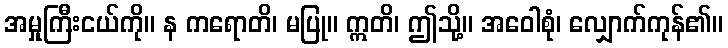
အမှုကြီးငယ်ကို။ န ကရောတိ၊ မပြု။ ဣတိ၊ ဤသို့။ အဝေါစုံ၊ လျှောက်ကုန်၏။